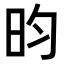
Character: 昀